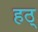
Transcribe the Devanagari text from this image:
हठ्